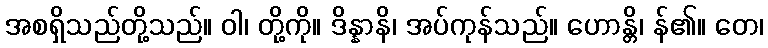
အစရှိသည်တို့သည်။ ဝါ၊ တို့ကို။ ဒိန္နာနိ၊ အပ်ကုန်သည်။ ဟောန္တိ၊ န်၏။ တေ၊